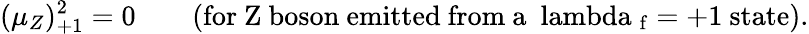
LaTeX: (\mu_{Z})_{+1}^{2}=0\qquad\mathrm{(for~Z~boson~emitted~from~a~\ lambda~_{f}=+1~state).}